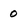
Character: 0